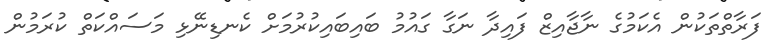
ފަރާތްތަކުން އެކަމުގެ ނާޖާއިޒް ފައިދާ ނަގާ ގައުމު ބައިބައިކުރުމަށް ކެނޑިނޭޅި މަސައްކަތް ކުރަމުން